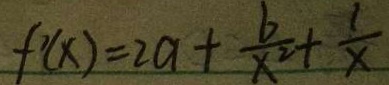
f ^ { \prime } ( x ) = 2 a + \frac { b } { x ^ { 2 } } + \frac { 1 } { x }